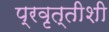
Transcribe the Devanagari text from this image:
प्रवृत्तीशी